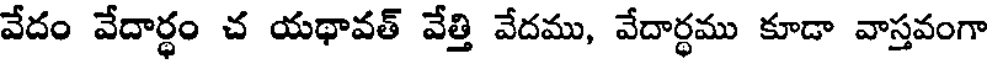
వేదం వేదార్థం చ యథావత్ వేత్తి వేదము, వేదార్ధము కూడా వాస్తవంగా